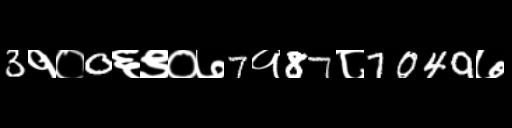
Text: 3१०0६९०७7१87८7049७